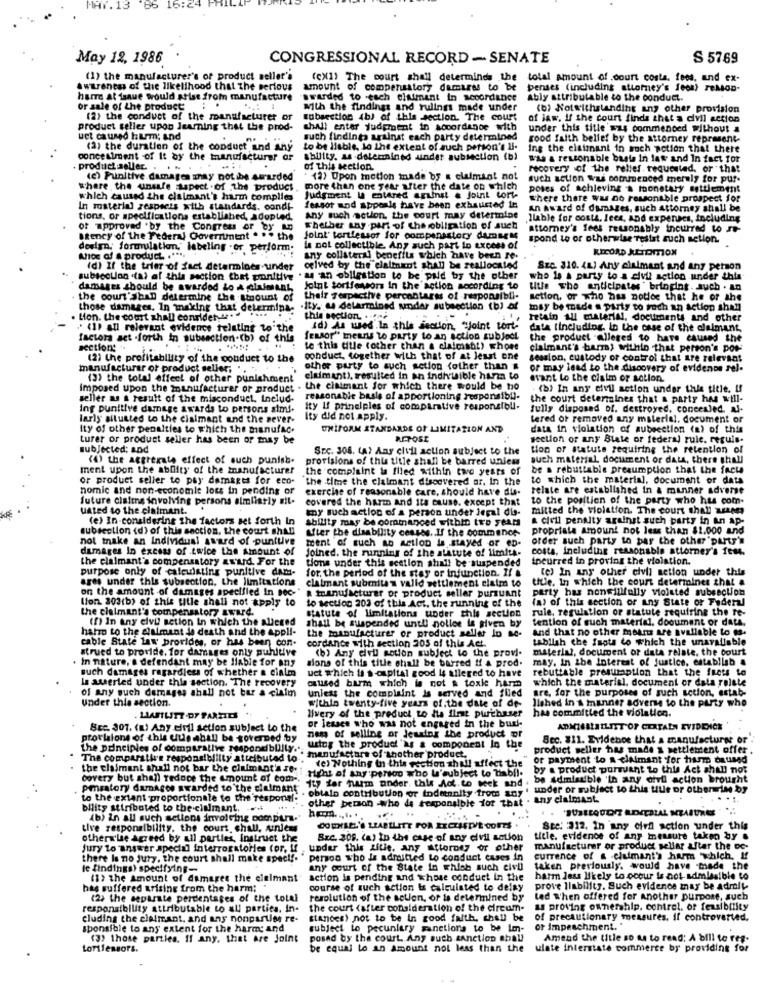
16:24
May 12, 1986
CONGRESSIONAL RECORD - SENATE
S 5769
(1) the manufacturer's of product seller's
(ex(1) The court shall determinds the
total amount of .court costa, fees, and ex-
awareness of the likelihood that the serious
amount of compensatory damares to be
penses (including attorney's feet) reMon-
har at issue would arise from manufacture
awarded to .each claimant in accordance
Ably attributable to the conduct.
or sale of the product
With the findings and rulings made under
(b) Notwithstanding any other provision
(2) the conduet of the manufacturer or
subsection 4b) of this section. The court
of law. If the court finds that a divil action
product seller upon learning that the prod-
shall enter judgment in accordance with
under this title was commenced without a
uet caused hurm; and
such findings against each party determined
good faith bellef by the attorney represent-
(2) the duration of the conduct and any
to be liable, to the extent of such person's li-
Ing the claimant in such action that there
concealment of It by the manufacturer of
sbility, as determined undet subsection (b)
W's & restonable basta In law and In fact for
product seller. . . .
of this section
recovery of the relier requested, or that
(e) Punitive damages znay notibe Awarded
12) Upon motion made by a claimant not
such action was commenced merely for pur.
where the unsafe Aspect . of the product
more than one year after the date on which
poses of achieving a thonetary settlement
which caused the claimant's harm complies
Judgment i entered aruinst . joint tort-
where there was no reasonable prospect for
In material respects with standards. condi-
fessor wod appeals have been exhausted it
An Award of damages, such attorney shall be
tions, or specifications established, adopted.
Any such action. the court may determine
Ilable for costa. lees, and expenses, including
of approved by the Congress or by an
Whether any part of the obligation of such
attorney's fees reasonably incurred to -
Stency of the Federal Government . .. the
Joint' tortlessor for compensstory damage
spond to or otherwise Testat such setion.
design. formulation, labeling .or perform;
la not collectible. Any such part in excess of
RECORD JETOMON
Ation af a product. .....
iny collateral benefits which have been re:
(d) If the trier of fact determines under
celved by the claimant shall be reallocated
Szc. 310. 4L.) Any cialmant and any person
subsection .(a) of this section that punitive
. a an obligation to be paid by the other
who is a party to a civil action under this
damages should be awarded Lo A luiment,
Joint torifewors in the action according to
title The anticipates ' bringing. auch . Lo
the court'sban determine the amount of
their Terpactive percantares of responsibli.
setion, or who has notice that he or she
those damages. In making that determina- . ity. ws determined under subsection (b) af
may be made a party to rech an action shan
. Lion. the court shall consider ...
this section. ..
retain all material, documents and other
(1) all relevant evidence relating to the
Id) As wed .In this section, "joint tort-
data (including. in the case of the claimant,
factors set .forth in subsection.(b) of this
feasor" means to party to an action subject
the product alleged to have caused the
section:
te this title (other than a claimsbt) whose
claimant's bar) within that person's por-
(2) the profitability of the conduct to the
conduct, together with that of at least one
session, custody or control that are relevant
manufacturer of product seller; ..
other party to such setion (other than #
or may lead to the discovery of evidence rel-
(3) the total effect of other punishment
claimant), tresulted in an indivisible harm to
avant lo the claim or sollon
Imposed upon the manufacturer or product .
the claimant for which there would be ho
(b) In any elvi action under this title. If
seller as a result of the misconduct, Includ.
reasonable basis of apportioning responsibil-
the court determines that a party hes will-
Ing punitive damage awards to persons simi.
ity If principles of comparative responsibll.
fully disposed of. destroyed, concealed, al-
larly situated to the claimant and the sever-
Ity did not apply.
tered or removed any material, document or
Ity of other penalties to which the manufac.
UNIFORM STANDARDS OF LIMITATION AND
data in violation of subsection (a) of this
Lurer or product seller has been or may be
REPOSE
section of any State or federal ruic. reguls.
subjected; and
SEC. 308. (A) Any civil action subject to the
tion of statute requiring the retention of
(4) the aggregate effect of such punish.
provisions of this title shall be barred unies
such material document or data, there shall
ment upon the ability of the manufacturer
the complaint la filed within two years of
be a rebuttable presumption that the fact
or product seller to pay damages for eco-
the time the claimant discovered ar. In the
to which the material, document or data
nomic and non-economie loss in pending or
exercise of reasonable care, should have dis-
relate are established in a manner advert
future clatina involving persons elmlistly eil.
covered the harm and its cause. except that
to the position of the party who has com.
uated to the claimant.
my such action of a person under legal dis-
mitted the violation. The court shall weem
(e) In-considering the factors set forth In
ability may be commanced within two years
a Civil penalty against such party in an Ap.
subsection (d) of this section, the court shall
After the disability conses. . If the commence-
propriate amount not less than $1.000 and
not make an Individual award of puntuve
ment of such an action is stayed or en.
order such party to pay the other parts'
damages In excess of twice the Amount of
Joined. the running of the statute of limita-
costa, including reasonable attorney's fes.
the claimant's compensatory award. For the
tions under this section shall be suspended
toeurred in proving the violation.
purpose only of calculating punitive dam-
(e) In any other civil action under this
ares under this subsection. the limitations
for, the period of the stay or infunction. If &
claimant submiten valid settlement claim to
title, In which the court determines that a
on the amount of damages specified In sec-
party has nonwillfully violated subsection
Ifon 303(b) of this title shall not apply to
a manufacturer of product seller pursuant
(a) of this section or any State or Federal
the claimant's compensatory svard.
to section 200 of this Act. the running of the
rule, regulation or statute requiring the re-
(f) In any elvi setion in which the alleged
statute of limitations under this section
shall be suspended untl nollee is given by
tention of such material. document or data,
halo to the claimant is death and the appli-
the manufacturer of product seller In ac-
and that no other means are available to e.
cable State law provides, or has been con-
cordance with section 205 of this Act.
tablish che fapta to which the unavailable
strued to provide. for damages only punitive
(b) Any dell setion subject to the prov !.
material, document or data relate. the court
. In nature, a defendant may be liable for any
sions of this title shall be barred !! A prod.
may, in ibe Interest of Justice. establish &
such damages regardless of whether a cialm
uct which is a capital good le allered to have
rebuttable presumption that the frets to
le sueried under this section. The recovery
caused barm which is not & toxke harm
which the material, document or data rejste
of any puch damages shall not bar a claim
unless the complaint is served and flied
sre, for the purposes of such sction, estab-
Under this section.
within twenty-five years of the date of de-
lished in A manner sovere to the party who
Ivery of the product to its first purchaser
has committed the violation.
LIABILITY-DF PARTIES
Sec. 307. (a) Any elvil setion subject to the
or lessee who was not engaged in the burk
ADMISSLATLIST OF CERTAIN EVIDENCE
provisions of this uule aball be governed by
nems of selling or lessing the product or
Sec. 811. Evidence that a manufacturer or
ustog the product 'M & component In the
product seller has made a settlement offer .
the principles of comparative responsible .'' manufacture of another product.
The comparative responsiblilly attributed to
(e) Nothing in this section shall affect the
or payment to a claimant for harm daused
the claimant shall not bar the claimant's se-
Hight af any person who l'subject to biabil.
by a product pursuant to this Act shall not
covery but shall reduce the amount of com -.
be admissible 'th any ofvil action brought
pmsatory damages awarded to the dialmant
1:7 for harm ander. this Act.to week and
to the extant proportionale to the responnl:
- obtain contribution or indennity from any
other person who de responsible for that . any claimant
bility stiributed to the claimant. ....
(b) in all such settons involving pompun."
tive responsibility. the court, chall, sinless
CODYSEL'S LIABILITY FOR EXCESSDIE CORES.
Ste: : 312. In any civil action under this
otherwise agreed by all parties, Instruct the
Szc. 208. (a) to the case of any elvil sation
title. evidence of any measure taken by .
Jury to answer special interrogatories for, if
under this iftie. any attorosz or other
manufacturer or product sellar after the oc-
there Is no Jury. the court shall make specif."
person who is admitted to conduct cases in
currence of s claimant's harm which, !!
le findings) specifying-
any court of the State in which such civil
taken previously. would have made the
(1) the amount of damages the cielmant
action is pending and whose conduct In the
harm less likely to occur is not admissible to
has suffered arising from the harm;
course of such action Is calculated to delky
prove liability, Such evidence may be admoly
(2) the separate percentages of the total
resolution of the action, or is determined by
ted when offered for another purpose, such
responsibility attributable to all partita. In-
the court (after consideration of the circum-
s proving ownership. control. of feasibility
cluding the claimant, and any nonparties re-
standes) not to be in good faith, shall be
of precautionary measures. If controverted.
sponsible to any extent for the harm; and
subject to pecuniary sanctions to be im-
Of Impeachment."
(3) those parties. If any, that are Joint
posed by the court. Any such sanction shall
Amend the title so as to read: A bill to ref-
torfensors.
be equal to an amount not less than the
ulate interstate commerce by providing for